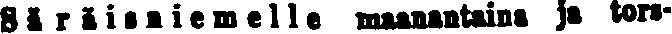
Säräisniemelle maanantaina ja tors-